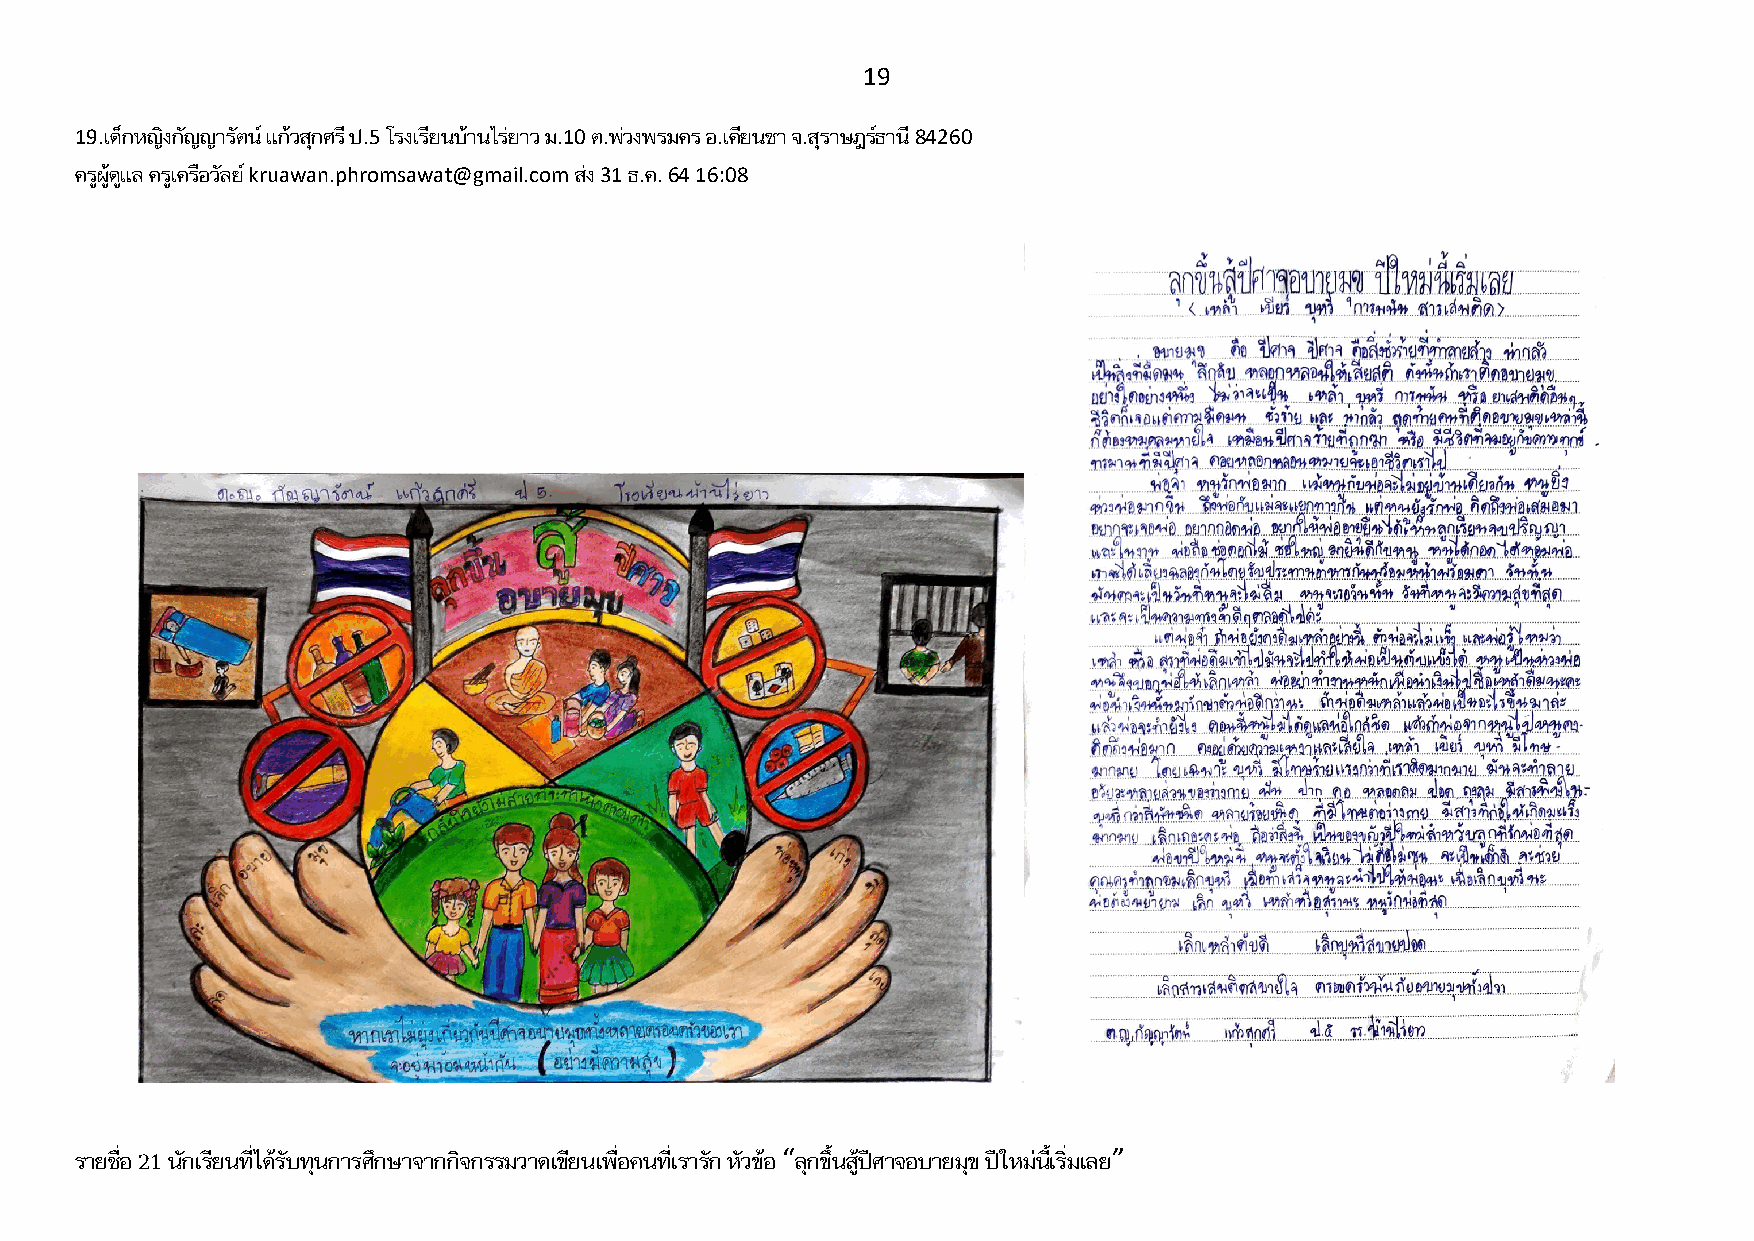
19
 19.เด็กหญิงกัญญารัตน์ แก้วสกุ ศรี ป.5 โรงเรียนบ้านไร่ยาว ม.10 ต.พ่วงพรมคร อ.เคียนซา จ.สุราษฎร์ธานี 84260
 ครูผู้ดูแล ครูเครือวัลย์ kruawan.phromsawat@gmail.com ส่ง 31 ธ.ค. 64 16:08
 รายชื่อ 21 นักเรียนที่ได้รับทุนการศึกษาจากกิจกรรมวาดเขียนเพื่อคนที่เรารัก หัวข้อ “ลุกขึ้นสู้ปีศาจอบายมุข ปีใหม่นี้เริ่มเลย”